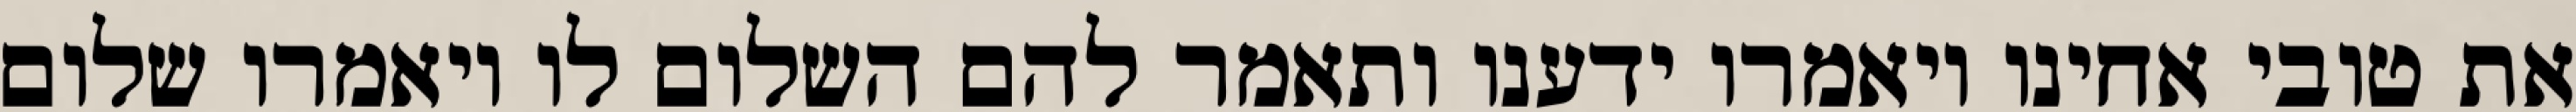
את טובי אחינו ויאמרו ידענו ותאמר להם השלום לו ויאמרו שלום